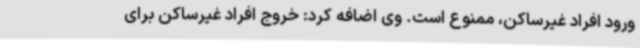
ورود افراد غیرساکن، ممنوع است. وی اضافه کرد: خروج افراد غیرساکن برای